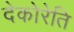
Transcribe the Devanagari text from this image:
देकोरेति